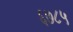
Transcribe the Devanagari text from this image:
६७८५